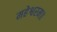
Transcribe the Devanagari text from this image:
महेश्वरम॥